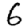
Digit: 6